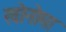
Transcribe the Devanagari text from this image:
खोनोमा